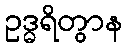
ဥဒ္ဓရိတွာန